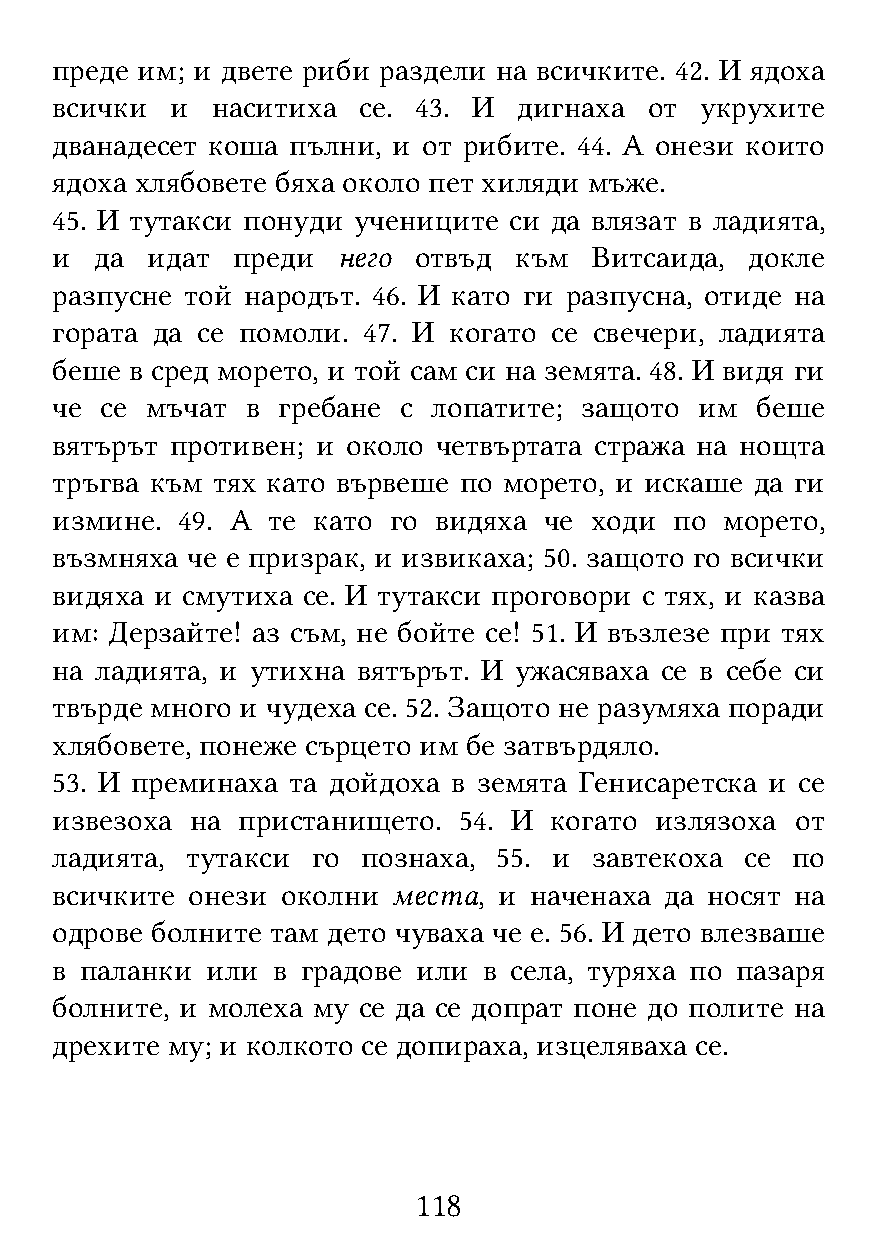
преде им; и двете риби раздели на всичките. 42. И ядоха
 всички  и  наситиха  се. 43. И дигнаха  от укрухите
 дванадесет коша пълни, и от рибите. 44. А онези които
 ядоха хлябовете бяха около пет хиляди мъже.
 45. И тутакси понуди учениците си да влязат в ладията,
 и  да  идат преди  него отвъд  към  Витсаида,  докле
 разпусне той народът. 46. И като ги разпусна, отиде на
 гората да се помоли. 47. И когато се свечери, ладията
 беше  в сред морето, и той сам си на земята. 48. И видя ги
 че  се мъчат в гребане с  лопатите; защото им  беше
 вятърът противен; и около четвъртата стража на нощта
 тръгва към тях като вървеше по морето, и искаше да ги
 измине.  49. А те като го видяха че ходи  по морето,
 възмняха че е призрак, и извикаха; 50. защото го всички
 видяха и смутиха се. И тутакси проговори с тях, и казва
 им: Дерзайте! аз съм, не бойте се! 51. И възлезе при тях
 на ладията, и утихна вятърът. И ужасяваха се в себе си
 твърде много и чудеха се. 52. Защото не разумяха поради
 хлябовете, понеже сърцето им бе затвърдяло.
 53. И преминаха та дойдоха в земята Генисаретска и се
 извезоха  на пристанището. 54. И когато излязоха  от
 ладията, тутакси  го познаха, 55. и завтекоха се по
 всичките онези  околни места, и наченаха да носят на
 одрове болните там дето чуваха че е. 56. И дето влезваше
 в паланки  или в градове или в села, туряха по пазаря
 болните, и молеха му се да се допрат поне до полите на
 дрехите му; и колкото се допираха, изцеляваха се.
 118